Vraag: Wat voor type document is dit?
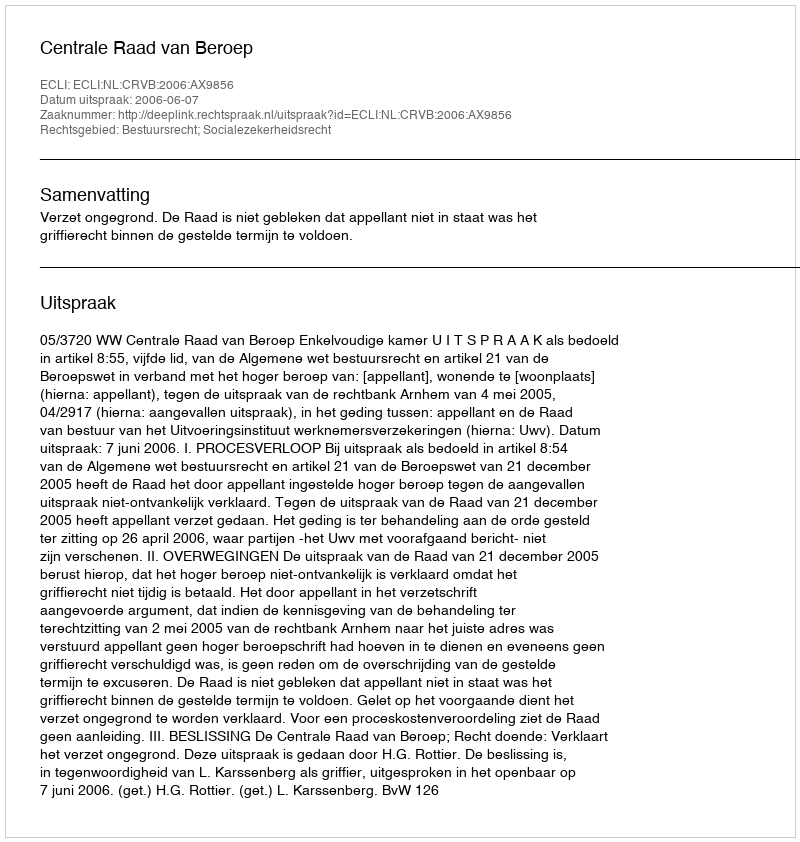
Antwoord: Uitspraak